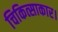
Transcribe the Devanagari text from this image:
चिकित्साकार।